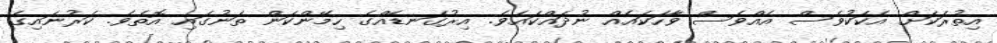
އިތުރަކަށް އެކަކުވެސް އެއްވެސް ވާހަކައެއް ނުދައްކައެވެ. އިރުގަނޑެއްގެ ހިމޭންކަން ތަނުގައި އޮތެވެ. ކަރުނައިގެ